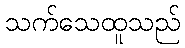
သက်သေထူသည်